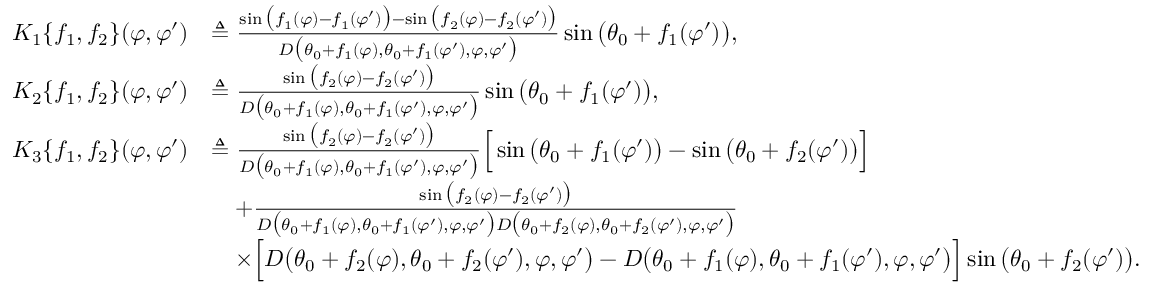
\begin{array} { r l } { K _ { 1 } \{ f _ { 1 } , f _ { 2 } \} ( \varphi , \varphi ^ { \prime } ) } & { \triangleq \frac { \sin \big ( f _ { 1 } ( \varphi ) - f _ { 1 } ( \varphi ^ { \prime } ) \big ) - \sin \big ( f _ { 2 } ( \varphi ) - f _ { 2 } ( \varphi ^ { \prime } ) \big ) } { D \big ( \theta _ { 0 } + f _ { 1 } ( \varphi ) , \theta _ { 0 } + f _ { 1 } ( \varphi ^ { \prime } ) , \varphi , \varphi ^ { \prime } \big ) } \sin \big ( \theta _ { 0 } + f _ { 1 } ( \varphi ^ { \prime } ) \big ) , } \\ { K _ { 2 } \{ f _ { 1 } , f _ { 2 } \} ( \varphi , \varphi ^ { \prime } ) } & { \triangleq \frac { \sin \big ( f _ { 2 } ( \varphi ) - f _ { 2 } ( \varphi ^ { \prime } ) \big ) } { D \big ( \theta _ { 0 } + f _ { 1 } ( \varphi ) , \theta _ { 0 } + f _ { 1 } ( \varphi ^ { \prime } ) , \varphi , \varphi ^ { \prime } \big ) } \sin \big ( \theta _ { 0 } + f _ { 1 } ( \varphi ^ { \prime } ) \big ) , } \\ { K _ { 3 } \{ f _ { 1 } , f _ { 2 } \} ( \varphi , \varphi ^ { \prime } ) } & { \triangleq \frac { \sin \big ( f _ { 2 } ( \varphi ) - f _ { 2 } ( \varphi ^ { \prime } ) \big ) } { D \big ( \theta _ { 0 } + f _ { 1 } ( \varphi ) , \theta _ { 0 } + f _ { 1 } ( \varphi ^ { \prime } ) , \varphi , \varphi ^ { \prime } \big ) } \Big [ \sin \big ( \theta _ { 0 } + f _ { 1 } ( \varphi ^ { \prime } ) \big ) - \sin \big ( \theta _ { 0 } + f _ { 2 } ( \varphi ^ { \prime } ) \big ) \Big ] } \\ & { \quad + \frac { \sin \big ( f _ { 2 } ( \varphi ) - f _ { 2 } ( \varphi ^ { \prime } ) \big ) } { D \big ( \theta _ { 0 } + f _ { 1 } ( \varphi ) , \theta _ { 0 } + f _ { 1 } ( \varphi ^ { \prime } ) , \varphi , \varphi ^ { \prime } \big ) D \big ( \theta _ { 0 } + f _ { 2 } ( \varphi ) , \theta _ { 0 } + f _ { 2 } ( \varphi ^ { \prime } ) , \varphi , \varphi ^ { \prime } \big ) } } \\ & { \quad \times \Big [ D \big ( \theta _ { 0 } + f _ { 2 } ( \varphi ) , \theta _ { 0 } + f _ { 2 } ( \varphi ^ { \prime } ) , \varphi , \varphi ^ { \prime } \big ) - D \big ( \theta _ { 0 } + f _ { 1 } ( \varphi ) , \theta _ { 0 } + f _ { 1 } ( \varphi ^ { \prime } ) , \varphi , \varphi ^ { \prime } \big ) \Big ] \sin \big ( \theta _ { 0 } + f _ { 2 } ( \varphi ^ { \prime } ) \big ) . } \end{array}